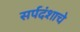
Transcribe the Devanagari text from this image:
सर्पदंशाचे